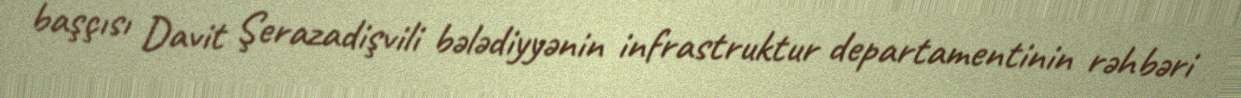
başçısı Davit Şerazadişvili bələdiyyənin infrastruktur departamentinin rəhbəri